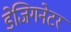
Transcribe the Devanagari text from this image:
डेजिगनेटर